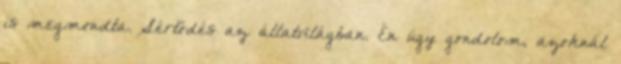
is megmondta. Sértődés az állatvilágban. Én úgy gondolom, azoknál